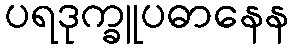
ပရဒုက္ခူပဓာနေန